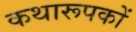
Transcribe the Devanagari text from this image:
कथारूपकों